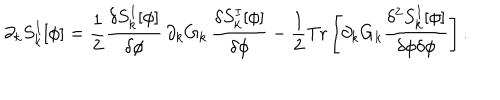
LaTeX: \partial _ { k } S _ { k } ^ { I } [ \phi ] = { \frac { 1 } { 2 } } { \frac { \delta S _ { k } ^ { I } [ \phi ] } { \delta \phi } } \, \partial _ { k } G _ { k } \, { \frac { \delta S _ { k } ^ { I } [ \phi ] } { \delta \phi } } - { \frac { 1 } { 2 } } { \mathrm { T r } } \left[ \partial _ { k } G _ { k } { \frac { \delta ^ { 2 } S _ { k } ^ { I } [ \phi ] } { \delta \phi \delta \phi } } \right] .